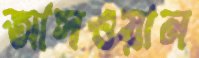
আসওয়ান